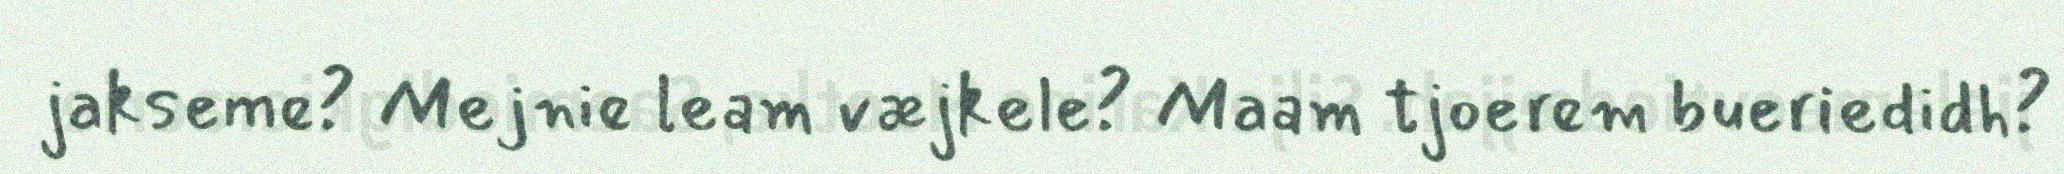
jakseme? Mejnie leam væjkele? Maam tjoerem bueriedidh?